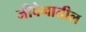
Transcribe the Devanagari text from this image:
जीवेनातील